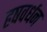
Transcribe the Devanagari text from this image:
हषवर्धन